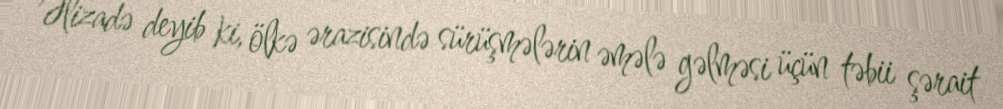
Əlizadə deyib ki, ölkə ərazisində sürüşmələrin əmələ gəlməsi üçün təbii şərait